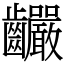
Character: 䶫